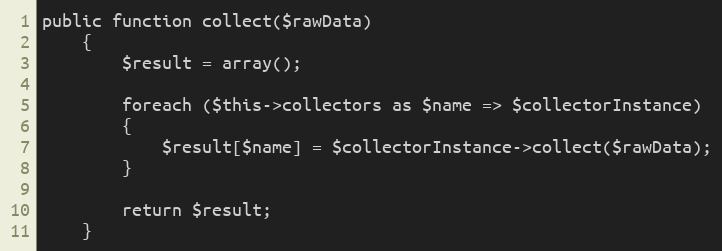
Language: PHP
public function collect($rawData)
    {
        $result = array();

        foreach ($this->collectors as $name => $collectorInstance)
        {
            $result[$name] = $collectorInstance->collect($rawData);
        }

        return $result;
    }